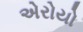
એરોયો